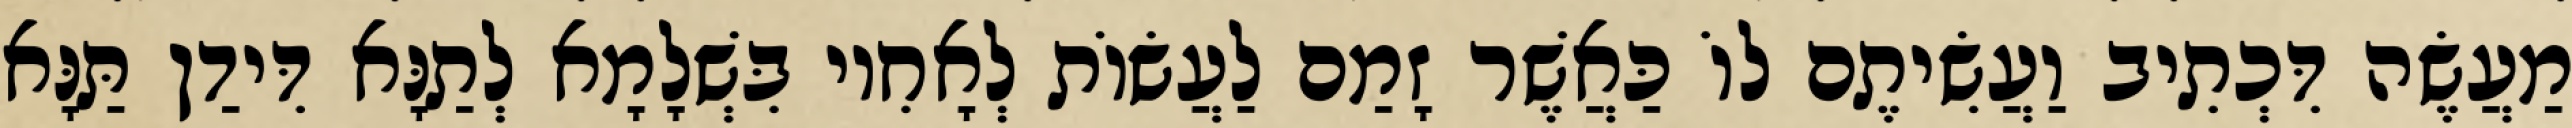
מַעֲשֶׂה דִּכְתִיב וַעֲשִׂיתֶם לוֹ כַּאֲשֶׁר זָמַם לַעֲשׂוֹת לְאָחִיו בִּשְׁלָמָא לְתַנָּא דִּידַן תַּנָּא